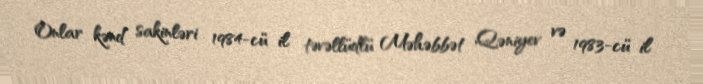
Onlar kənd sakinləri 1984-cü il təvəllüdlü Məhəbbət Qəniyev və 1983-cü il